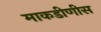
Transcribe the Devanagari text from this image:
माकडीणीस